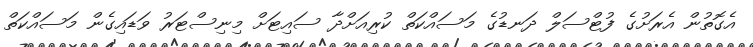
އެގޮތުން އެރަށުގެ ފުޓްސަލް ދަނޑުގެ މަސައްކަތް ކުރިއަށްދާ ސައިޓަށް މިނިސްޓަރު ވަޑައިގެން މަސައްކަތް